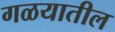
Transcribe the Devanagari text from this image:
गळयातील